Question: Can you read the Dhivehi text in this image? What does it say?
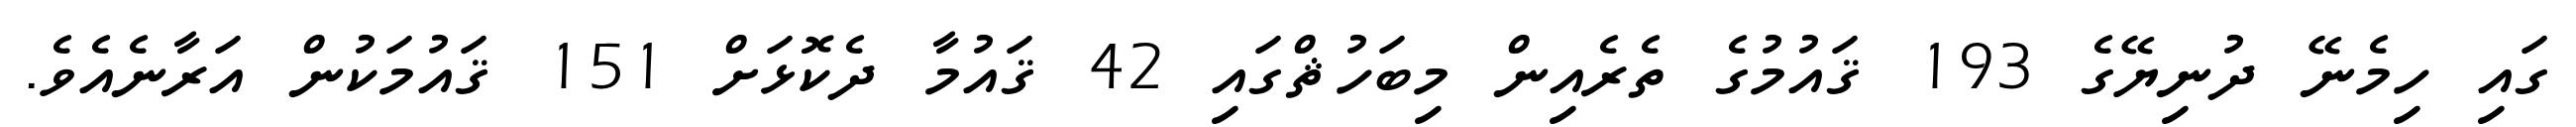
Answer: ގައި ހިމެނޭ ދުނިޔޭގެ 193 ޤައުމުގެ ތެރެއިން މިބަހުޘްގައި 42 ޤައުމާ ދެކޮޅަށް 151 ޤައުމަކުން އަރާނެއެވެ.